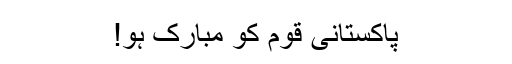
پاکستانی قوم کو مبارک ہو!